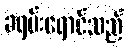
ခရမ်းရောင်သည်